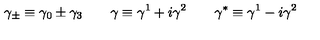
\gamma _ { \pm } \equiv \gamma _ { 0 } \pm \gamma _ { 3 } \qquad \gamma \equiv \gamma ^ { 1 } + i \gamma ^ { 2 } \qquad \gamma ^ { * } \equiv \gamma ^ { 1 } - i \gamma ^ { 2 }